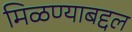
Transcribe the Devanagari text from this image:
मिळण्याबद्दल